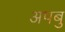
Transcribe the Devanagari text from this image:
अपबु